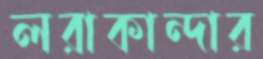
লরাকান্দার